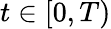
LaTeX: t\in[0,T)